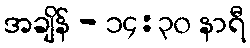
အချိန် - ၁၄:၃၀ နာရီ